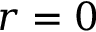
r = 0